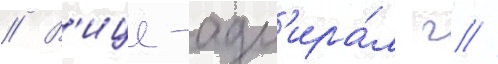
// В'ице-адм'ира́л г //